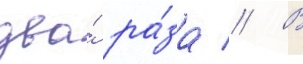
два́ ра́за // В